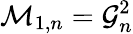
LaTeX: \mathcal{M}_{{1},n}=\mathcal{G}_{n}^{2}